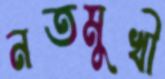
নতমুখী